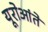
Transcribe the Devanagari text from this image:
यूरोआंते